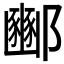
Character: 𮠓